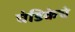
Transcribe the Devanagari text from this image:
चंडिकेचे